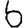
Digit: 6